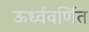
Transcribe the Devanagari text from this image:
ऊर्ध्ववर्णित